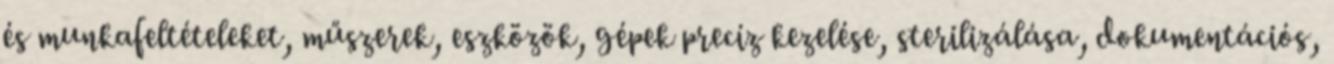
és munkafeltételeket, műszerek, eszközök, gépek precíz kezelése, sterilizálása, dokumentációs,